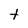
Character: t